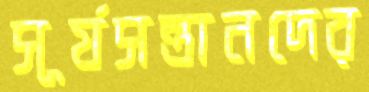
সূর্যসন্তানদের